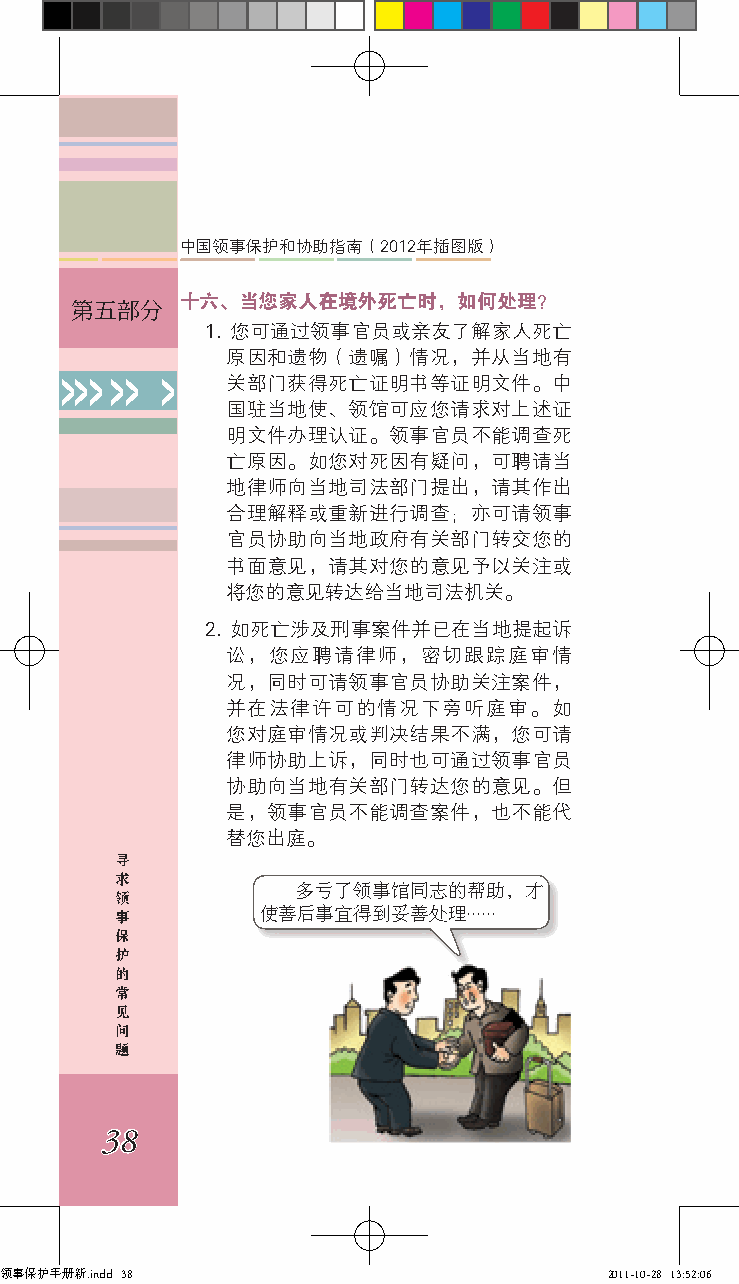
中国领事保护和协助指南（2012年插图版）
 十六、当您家人在境外死亡时，如何处理？
 第五部分
 1. 您可通过领事官员或亲友了解家人死亡
 原因和遗物（遗嘱）情况，并从当地有
 >>> >> >   关部门获得死亡证明书等证明文件。中
 国驻当地使、领馆可应您请求对上述证
 明文件办理认证。领事官员不能调查死
 亡原因。如您对死因有疑问，可聘请当
 地律师向当地司法部门提出，请其作出
 合理解释或重新进行调查；亦可请领事
 官员协助向当地政府有关部门转交您的
 书面意见，请其对您的意见予以关注或
 将您的意见转达给当地司法机关。
 2. 如死亡涉及刑事案件并已在当地提起诉
 讼，您应聘请律师，密切跟踪庭审情
 况，同时可请领事官员协助关注案件，
 并在法律许可的情况下旁听庭审。如
 您对庭审情况或判决结果不满，您可请
 律师协助上诉，同时也可通过领事官员
 协助向当地有关部门转达您的意见。但
 是，领事官员不能调查案件，也不能代
 替您出庭。
 寻
 求
 多亏了领事馆同志的帮助，才
 领
 事
 使善后事宜得到妥善处理......
 保
 护
 的
 常
 见
 问
 题
 38
 领事保护手册新.indd 38                         2011-10-28 13:52:06